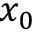
x _ { 0 }